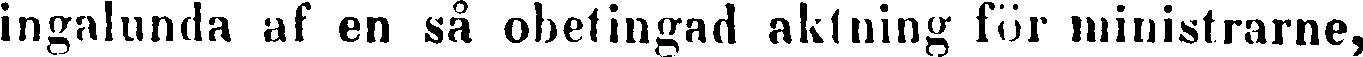
ingalunda af en så obetingad aktning för ministrarne,